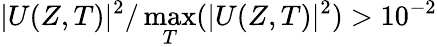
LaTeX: |U(Z,T)|^{2}/\operatorname*{max}_{T}(|U(Z,T)|^{2})>10^{-2}